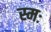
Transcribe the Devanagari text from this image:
स्मः